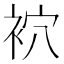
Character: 袕